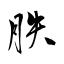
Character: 胅